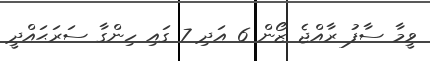
ވީމާ ސާފު ރާއްޖެ ޒޯން 6 އަދި 7 ގައި ހިންގާ ސަރަޙައްދީ